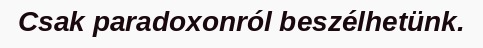
Csak paradoxonról beszélhetünk.